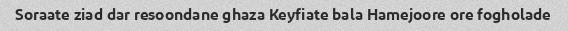
Soraate ziad dar resoondane ghaza Keyfiate bala Hamejoore ore fogholade